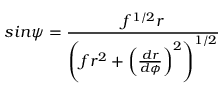
s i n \psi = \frac { f ^ { 1 / 2 } r } { \left( f r ^ { 2 } + \left( \frac { d r } { d \phi } \right) ^ { 2 } \right) ^ { 1 / 2 } }